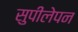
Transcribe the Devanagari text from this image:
सुपीलेपन